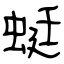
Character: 蜓